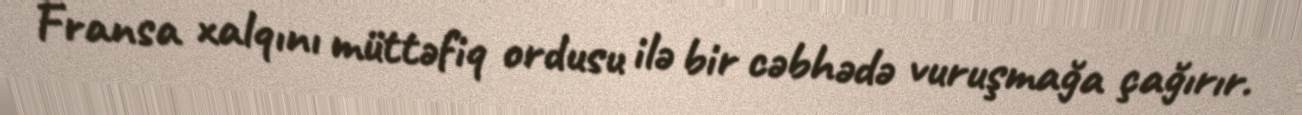
Fransa xalqını müttəfiq ordusu ilə bir cəbhədə vuruşmağa çağırır.